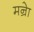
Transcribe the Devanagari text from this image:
मन्रेा